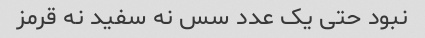
نبود حتی یک عدد سس نه سفید نه قرمز